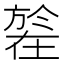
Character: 𣄒